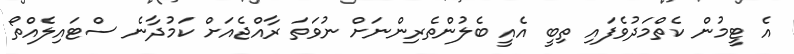
އެ ޓީމުން ކެތްމަދުވެފައި ތިބީ އެއީ ބެލުންތެރިންނަށް ނުވަތަ ރާއްޖެއަށް ކަމުދާނެ ސްޓައިލެއްތޯ